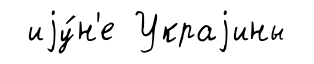
иjу́н'е Украjины